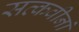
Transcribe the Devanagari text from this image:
सत्कवीनां